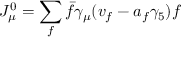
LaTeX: J _ { \mu } ^ { 0 } = \sum _ { f } \bar { f } \gamma _ { \mu } ( v _ { f } - a _ { f } \gamma _ { 5 } ) f